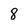
Character: 8